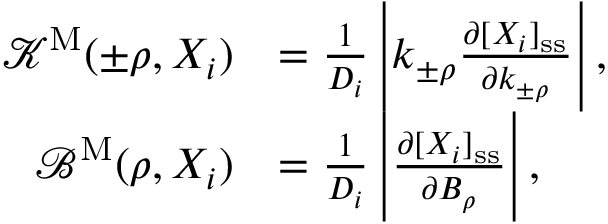
\begin{array} { r l } { { \mathcal K } ^ { \mathrm { M } } ( \pm \rho , X _ { i } ) } & { = \frac { 1 } { D _ { i } } \left| k _ { \pm \rho } \frac { \partial [ X _ { i } ] _ { \mathrm { s s } } } { \partial k _ { \pm \rho } } \right| , } \\ { { \mathcal B } ^ { \mathrm { M } } ( \rho , X _ { i } ) } & { = \frac { 1 } { D _ { i } } \left| \frac { \partial [ X _ { i } ] _ { \mathrm { s s } } } { \partial B _ { \rho } } \right| , } \end{array}